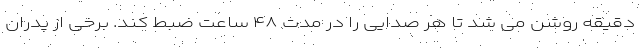
دقیقه روشن می شد تا هر صدایی را در مدت ۴۸ ساعت ضبط کند. برخی از پدران